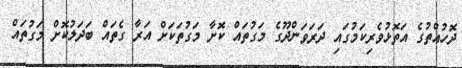
ދޮހުއްތުގެ އަތޮޅުވެރިކަމުގައި ދަރަވަންދޫގެ މަގުތައް ކޮށާ މަގުތަކަށް އަރާ ގެތައް ބަދަލުކޮށް މަގުތައް